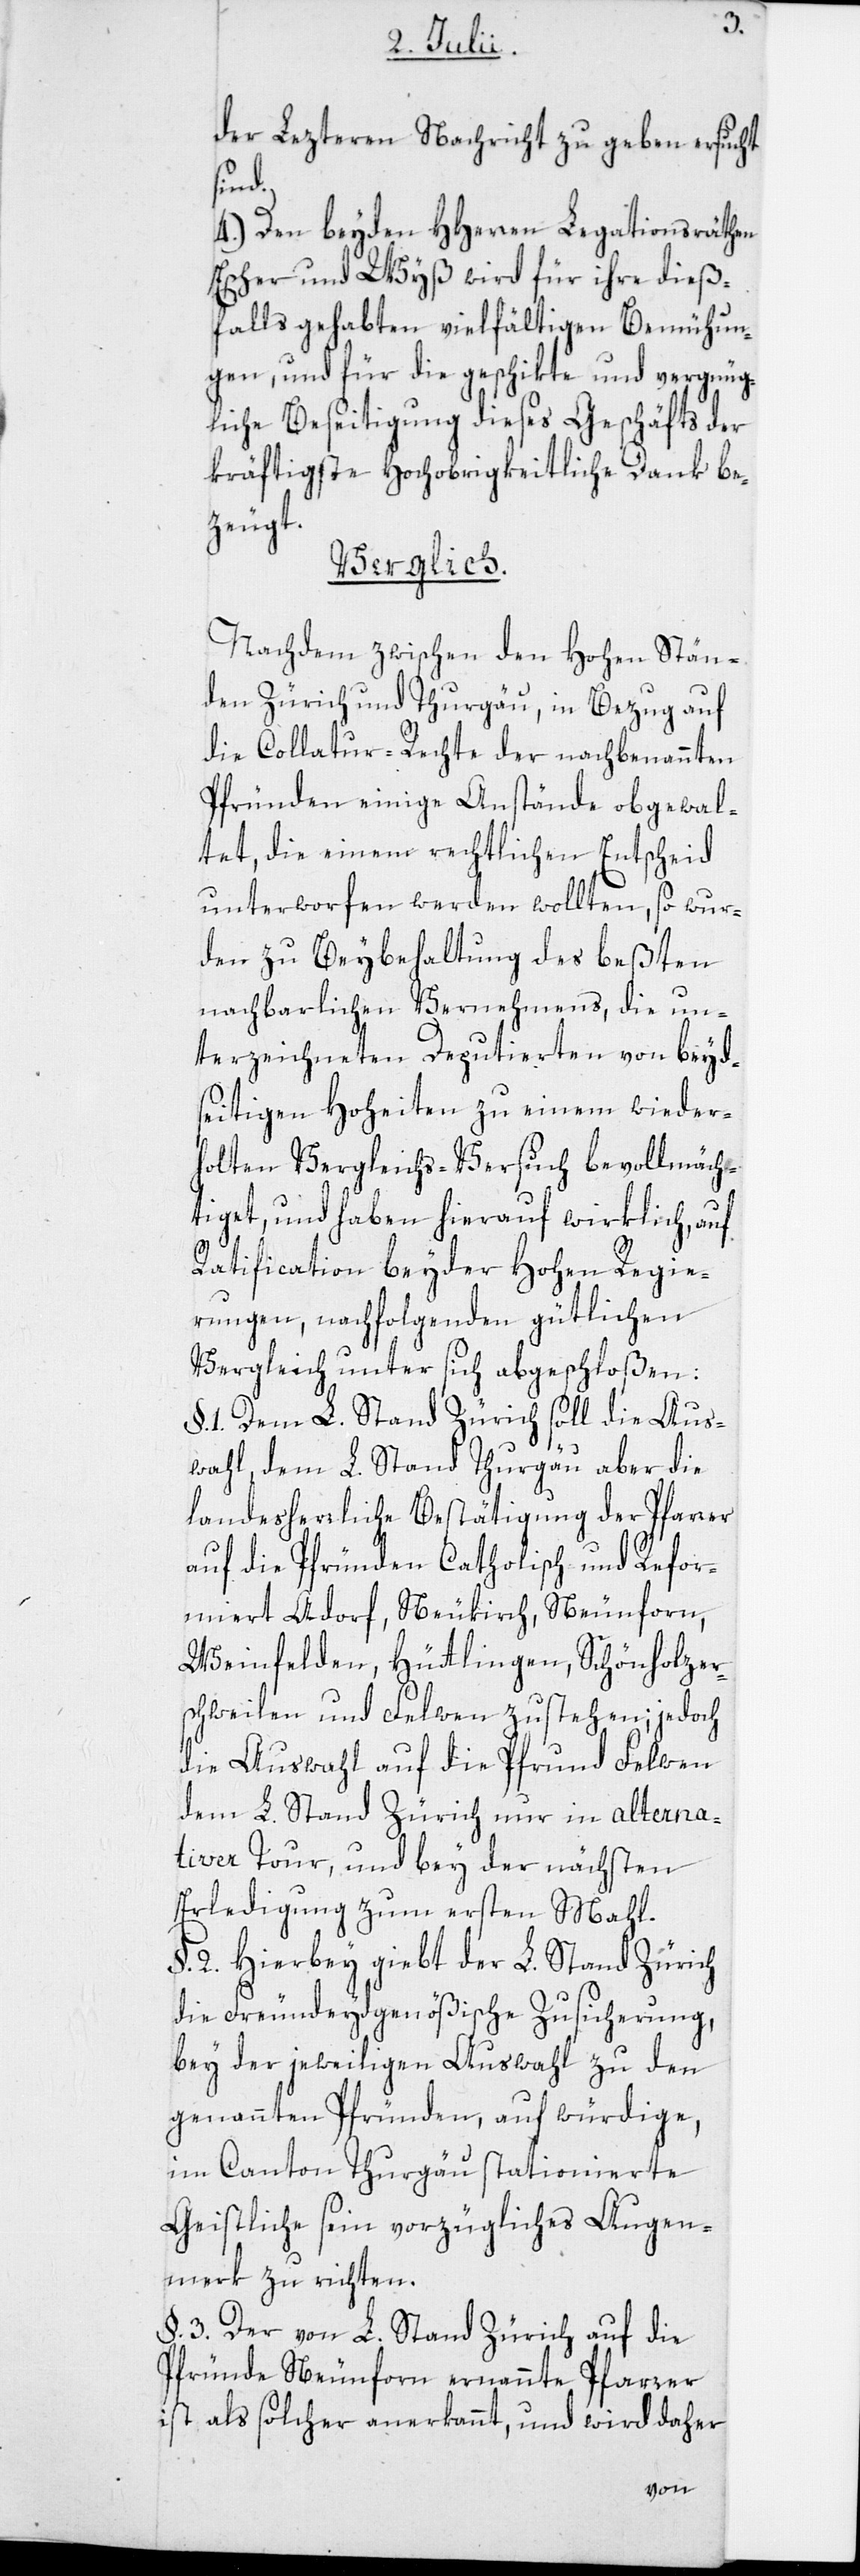
der Lezteren Nachricht zu geben ersucht
sind.
4.) Den beyden HHerren Legationsräthen
Escher und Wyß wird für ihre dieß¬
falls gehabten vielfältigen Bemühun¬
gen, und für die geschikte und vergnüg¬
liche Beseitigung dieses Geschäfts der
kräftigste Hochobrigkeitliche Dank be¬
zeugt.
Verglich.
Nachdem zwischen den Hohen Stän¬
den Zürich und Thurgau, in Bezug auf
die Collatur-Rechte der nachbenannten
Pfründen einige Anstände obgewal¬
tet, die einem rechtlichen Entscheid
unterworfen werden wollten, so wur¬
den zu Beybehaltung des beßten
nachbarlichen Vernehmens, die un¬
terzeichneten Deputierten von beyd¬
seitigen Hoheiten zu einem wieder¬
holten Vergleichs-Versuch bevollmächt¬
iget, und haben hierauf wirklich, auf
Ratification beyder Hohen Regie¬
rungen, nachfolgenden gütlichen
Vergleich unter sich abgeschloßen:
§. 1. Dem L. Stand Zürich soll die Aus¬
wahl, dem L. Stand Thurgau aber die
landesherrliche Bestätigung der Pfarrer
auf die Pfründen Catholisch und Refor¬
miert Adorf, Neukirch, Neunforn,
Weinfelden, Hüttlingen, Schönholzer¬
schweilen und Felwen zustehen; jedoch
die Auswahl auf die Pfrund Felwen
dem L. Stand Zürich nur in alterna¬
tiver Tour, und bey der nächsten
Erledigung zum ersten Mahl.
§. 2. Hierbey giebt der L. Stand Zürich
die Freundeydgenößische Zusicherung,
bey der jeweiligen Auswahl zu den
genannten Pfründen, auf würdige,
im Canton Thurgau stationierte
Geistliche sein vorzügliches Augen¬
merk zu richten.
§. 3. Der von L. Stand Zürich auf die
Pfründe Neunforn ernannte Pfarrer
ist als solcher anerkannt, und wird daher